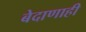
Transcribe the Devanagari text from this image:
बेदाणाही